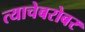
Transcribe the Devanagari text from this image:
त्याचेबरोबर